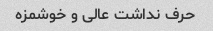
حرف نداشت عالی و خوشمزه